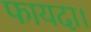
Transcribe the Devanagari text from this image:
फायदा।